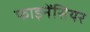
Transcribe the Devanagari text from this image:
फाइनेंसियर